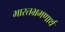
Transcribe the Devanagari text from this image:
भारतभ्रमणार्थ